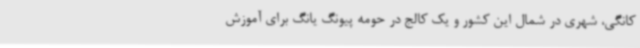
کانگی، شهری در شمال این کشور و یک کالج در حومه پیونگ یانگ برای آموزش